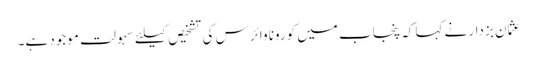
عثمان بزدار نے کہا کہ پنجاب میں کورونا وائرس کی تشخیص کیلئے سہولت موجود ہے۔